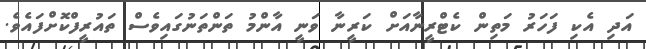
އަދި އެކި ފަހަރު މަތިން ކެޓްރީނާއަށް ކަރީނާ ވަނީ އާންމު ތަންތަނުގައިވެސް ތައުރީފްކޮށްފައެވެ.